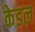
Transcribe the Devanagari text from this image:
केडल